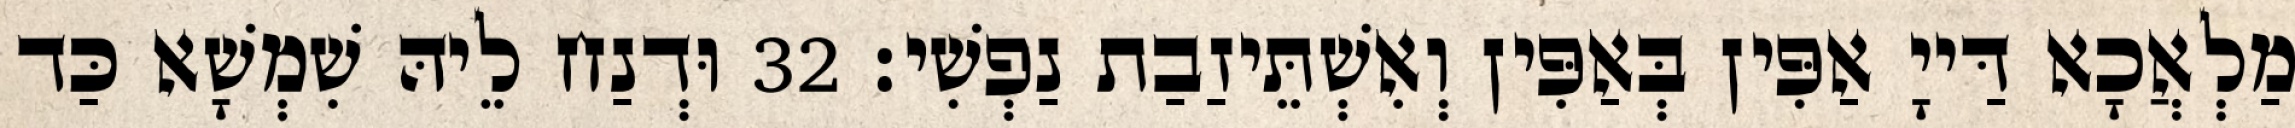
מַלְאֲכָא דַּייָ אַפִּין בְּאַפִּין וְאִשְׁתֵּיזַבַת נַפְשִׁי׃ 32 וּדְנַח לֵיהּ שִׁמְשָׁא כַּד